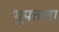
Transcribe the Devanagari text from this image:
भूपतला